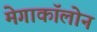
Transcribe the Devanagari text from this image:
मेगाकॉलोन